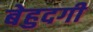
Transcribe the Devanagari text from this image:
बेहुदगी